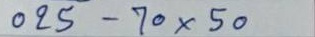
025 - 70 x 50